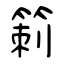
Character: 箣